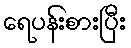
ရေပန်းစားပြီး